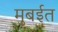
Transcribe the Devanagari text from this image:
मुबईत